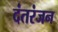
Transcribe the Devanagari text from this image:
दंतरंजन